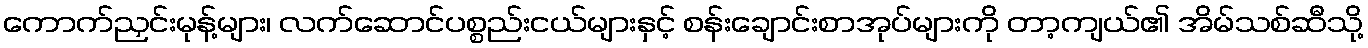
ကောက်ညှင်းမုန့်များ၊ လက်ဆောင်ပစ္စည်းငယ်များနှင့် စန်းချောင်းစာအုပ်များကို တာ့ကျယ်၏ အိမ်သစ်ဆီသို့